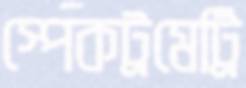
স্পেকট্রমেট্রি